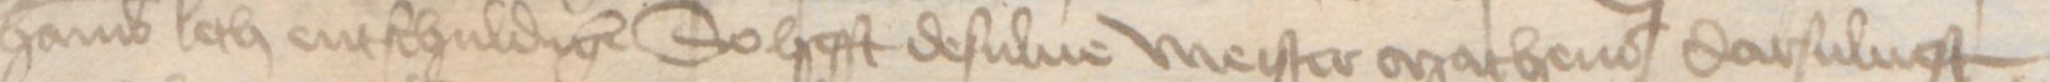
Hamburch leth entschuldigen So hefft desulue meister Matheus darsuluest